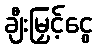
ချီးမြှင့်ငွေ